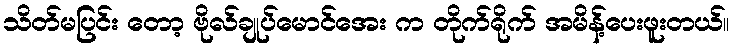
သိတ်မပြင်း တော့ ဗိုလ်ချုပ်မောင်အေး က တိုက်ရိုက် အမိန့်ပေးဖူးတယ်။